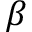
\beta